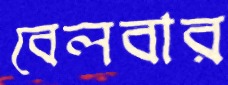
বেলবার